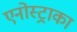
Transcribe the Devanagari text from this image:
एनोस्ट्राका